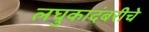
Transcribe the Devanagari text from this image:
लघुकादंबरीचे